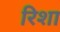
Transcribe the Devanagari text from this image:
रिशा